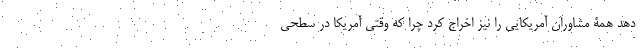
دهد همۀ مشاوران آمریکایی را نیز اخراج کرد چرا که وقتی آمریکا در سطحی